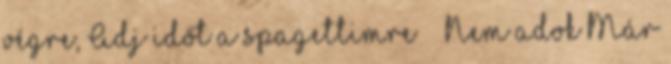
végre, Adj időt a spagettimre ” „Nem adok Már